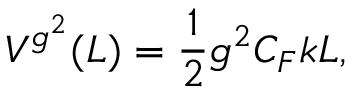
V ^ { g ^ { 2 } } ( L ) = \frac { 1 } { 2 } g ^ { 2 } C _ { F } k L ,